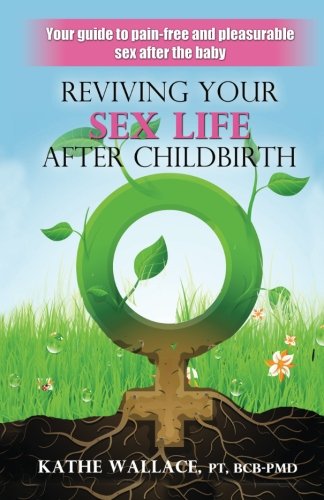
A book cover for Reviving Your Sex Life After Childbirth: Your Guide to Pain-free and Pleasurable Sex After the Baby; Kathe Wallace; Health, Fitness & Dieting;